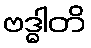
ဗဒ္ဓါတိ